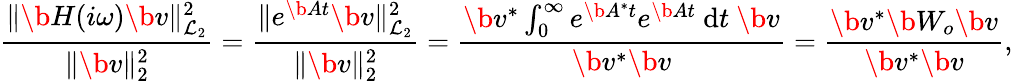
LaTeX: \frac{\| \b{H}(i\omega)\b{v}\| _{\mathcal{L}_{2}}^{2}}{\| \b{v}\| _{2}^{2}}=\frac{\| e^{\b{A}t}\b{v}\| _{\mathcal{L}_{2}}^{2}}{\| \b{v}\| _{2}^{2}}=\frac{\b{v}^{*}\int_{0}^{\infty}e^{\b{A}^{*}t}e^{\b{A}t}~\mathrm{d}t~\b{v}}{\b{v}^{*}\b{v}}=\frac{\b{v}^{*}\b{W_{o}}\b{v}}{\b{v}^{*}\b{v}},